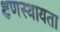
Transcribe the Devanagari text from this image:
क्षणस्थायता